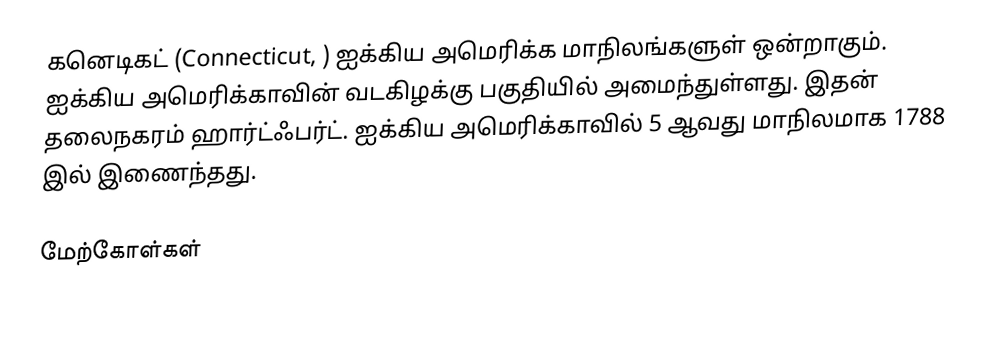
கனெடிகட் (Connecticut, ) ஐக்கிய அமெரிக்க மாநிலங்களுள் ஒன்றாகும். ஐக்கிய அமெரிக்காவின் வடகிழக்கு பகுதியில் அமைந்துள்ளது. இதன் தலைநகரம் ஹார்ட்ஃபர்ட். ஐக்கிய அமெரிக்காவில் 5 ஆவது மாநிலமாக 1788 இல் இணைந்தது.

மேற்கோள்கள்